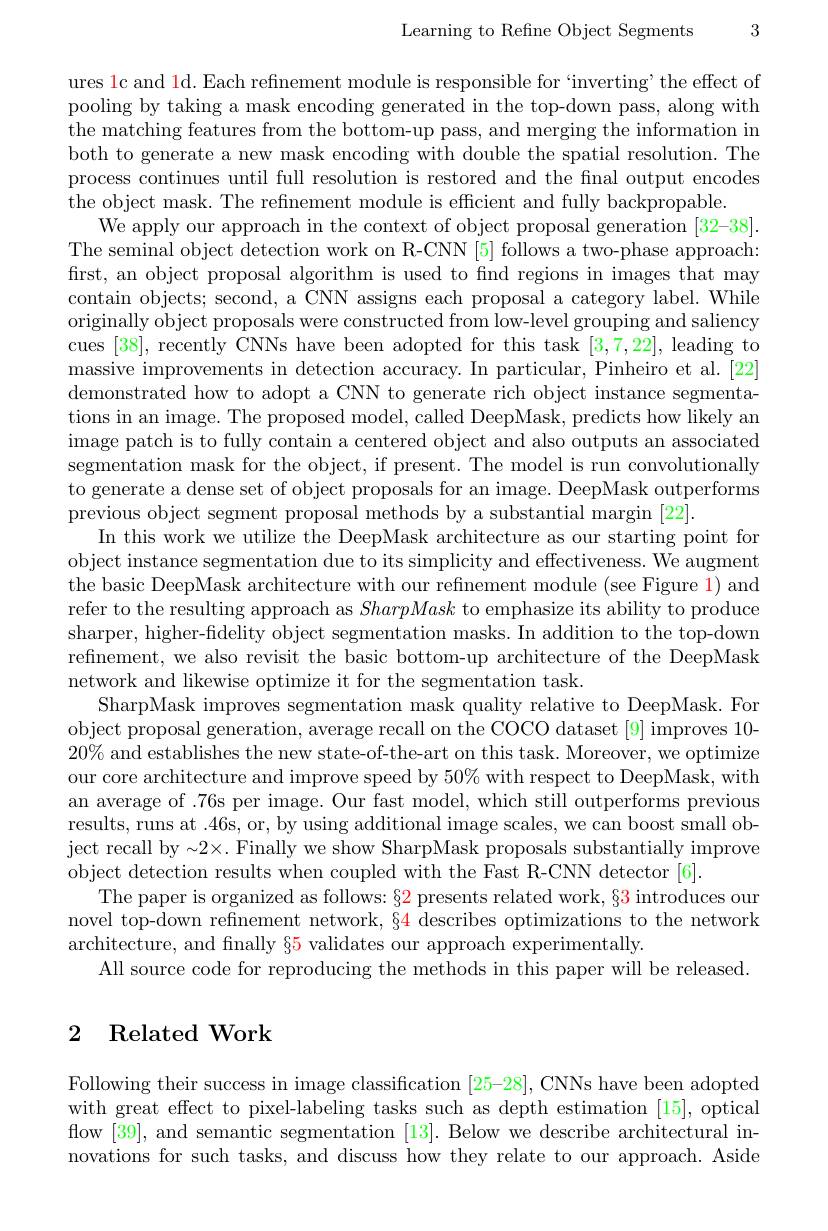
Learning to Refine Object Segments 3

ures 1c and 1d. Each refinement module is responsible for `inverting' the effect of pooling by taking a mask encoding generated in the top-down pass, along with the matching features from the bottom-up pass, and merging the information in both to generate a new mask encoding with double the spatial resolution. The process continues until full resolution is restored and the final output encodes the object mask. The refinement module is efficient and fully backpropable.
We apply our approach in the context of object proposal generation [32-38]. The seminal object detection work on R-CNN [5] follows a two-phase approach: first, an object proposal algorithm is used to find regions in images that may contain objects; second, a CNN assigns each proposal a category label. While originally object proposals were constructed from low-level grouping and saliency cues [38], recently CNNs have been adopted for this task [3,7,22], leading to massive improvements in detection accuracy. In particular, Pinheiro et al. [22] demonstrated how to adopt a CNN to generate rich object instance segmentations in an image. The proposed model, called DeepMask, predicts how likely an image patch is to fully contain a centered object and also outputs an associated segmentation mask for the object, if present. The model is run convolutionally to generate a dense set of object proposals for an image. DeepMask outperforms previous object segment proposal methods by a substantial margin [22].
In this work we utilize the DeepMask architecture as our starting point for object instance segmentation due to its simplicity and effectiveness. We augment the basic DeepMask architecture with our refnement module (see Figure 1) and refer to the resulting approach as SharpMask to emphasize its ability to produce sharper, higher-fidelity object segmentation masks. In addition to the top-down refinement, we also revisit the basic bottom-up architecture of the DeepMask network and likewise optimize it for the segmentation task.
SharpMask improves segmentation mask quality relative to DeepMask. For object proposal generation, average recall on the COCO dataset [9] improves 10- $20\%$ and establishes the new state-of-the-art on this task. Moreover, we optimize our core architecture and improve speed by $50\%$ with respect to DeepMask, with an average of .76s per image. Our fast model, which still outperforms previous results, runs at .46s, or, by using additional image scales, we can boost small object recall by $\sim 2\times .$ Finally we show SharpMask proposals substantially improve object detection results when coupled with the Fast R-CNN detector [6].
The paper is organized as follows: §2 presents related work, §3 introduces our novel top-down refinement network, §4 describes optimizations to the network architecture, and finally $\color{red}{65}$ validates our approach experimentally.
All source code for reproducing the methods in this paper will be released.

## 2 Related Work

Following their success in image classification [25-28], CNNs have been adopted with great effect to pixel-labeling tasks such as depth estimation [15], optical flow [39], and semantic segmentation [13]. Below we describe architectural innovations for such tasks, and discuss how they relate to our approach. Aside